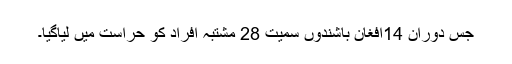
جس دوران 14افغان باشندوں سمیت 28 مشتبہ افراد کو حراست میں لیاگیا۔